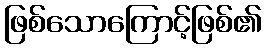
ဖြစ်သောကြောင့်ဖြစ်၏